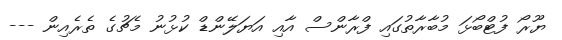
ޔޫރޯ ފުޓްބޯޅަ މުބާރާތުގައި ފްރާންސް އާއި އަޔަލޭންޑް ކުޅުނު މެޗުގެ ތެރެއިން ---